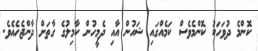
ކޮންމެ ދުވަހަކު ކޮންމެވެސް ކަމެއްގައި ޝައުން އާއި ދެމީހުން ކާމިލުގެ ގާތަށް ދާންޖެހެއެވެ.